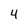
Character: 4